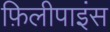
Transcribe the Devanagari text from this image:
फ़िलीपाइंस